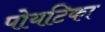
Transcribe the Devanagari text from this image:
पोयटिका